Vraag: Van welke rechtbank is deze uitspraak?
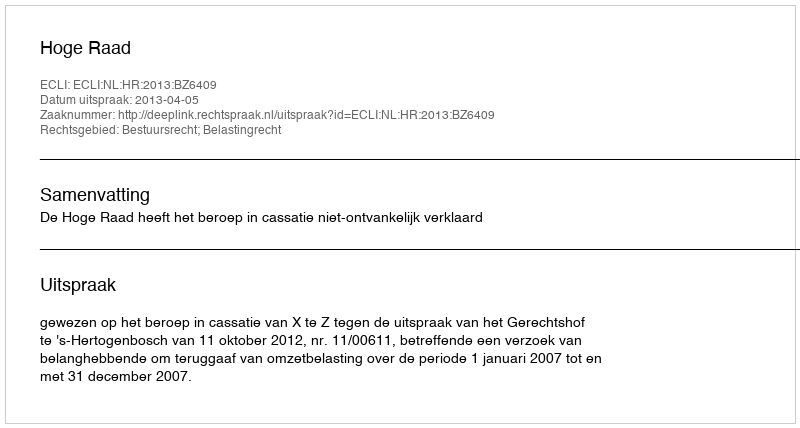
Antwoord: Hoge Raad